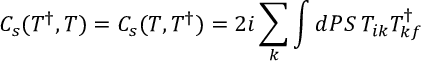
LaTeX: C _ { s } ( T ^ { \dagger } , T ) = C _ { s } ( T , T ^ { \dagger } ) = 2 i \sum _ { k } \int d P S \: T _ { i k } T _ { k f } ^ { \dagger }